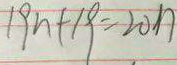
1 9 n + 1 9 = 2 0 n